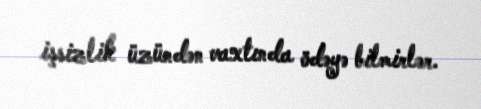
işsizlik üzündən vaxtında ödəyə bilmirlər.